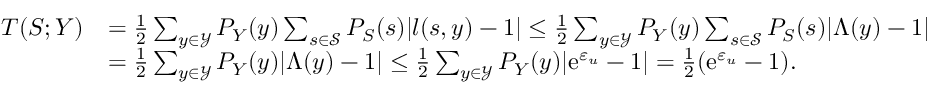
\begin{array} { r l } { \displaystyle T ( S ; Y ) } & { = \frac { 1 } { 2 } \sum _ { y \in \mathcal { Y } } P _ { Y } ( y ) \sum _ { s \in \mathcal { S } } P _ { S } ( s ) | l ( s , y ) - 1 | \leq \frac { 1 } { 2 } \sum _ { y \in \mathcal { Y } } P _ { Y } ( y ) \sum _ { s \in \mathcal { S } } P _ { S } ( s ) | \Lambda ( y ) - 1 | } \\ & { = \frac { 1 } { 2 } \sum _ { y \in \mathcal { Y } } P _ { Y } ( y ) | \Lambda ( y ) - 1 | \leq \frac { 1 } { 2 } \sum _ { y \in \mathcal { Y } } P _ { Y } ( y ) | \mathrm { e } ^ { \varepsilon _ { u } } - 1 | = \frac { 1 } { 2 } ( \mathrm { e } ^ { \varepsilon _ { u } } - 1 ) . } \end{array}